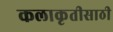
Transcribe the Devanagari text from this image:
कलाकृतीसाठी